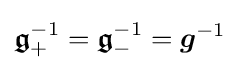
{\boldsymbol {\mathfrak {g}}}_{+}^{-1}={\boldsymbol {\mathfrak {g}}}_{-}^{-1}={\boldsymbol {g}}^{-1}